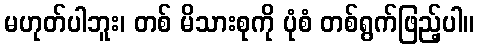
မဟုတ်ပါဘူး၊ တစ် မိသားစုကို ပုံစံ တစ်ရွက်ဖြည့်ပါ။